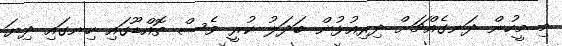
މި މީހުން ދަނގެއްޗަށް ދިރިއުޅުން ބަދަލު ކުރީ ވެސް ތޮއްޑޫގައި ހިނގައި ދިޔަ